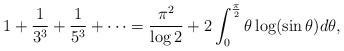
LaTeX: \begin{align*}1+\frac{1}{3^{3}}+\frac{1}{5^3}+\cdots=\frac{\pi^2}{\log 2}+2\int_0^{\frac{\pi}{2}}\theta\log(\sin \theta) d\theta,\end{align*}